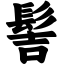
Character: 髻